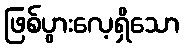
ဖြစ်ပွားလေ့ရှိသော